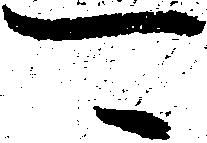
可